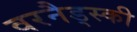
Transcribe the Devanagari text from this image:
वरनैड्स्की